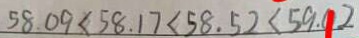
5 8 . 0 9 < 5 8 . 1 7 < 5 8 . 5 2 < 5 9 . 0 2